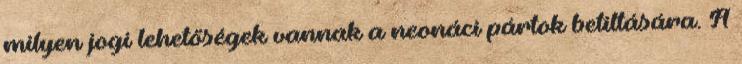
milyen jogi lehetőségek vannak a neonáci pártok betiltására. A